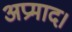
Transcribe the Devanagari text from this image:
अप्रमाद।